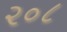
૨૦૮